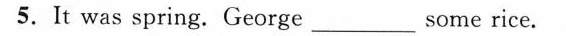
5.It was spring.George ___ some rice.